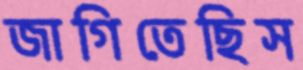
জাগিতেছিস